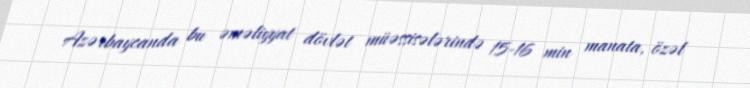
Azərbaycanda bu əməliyyat dövlət müəssisələrində 15-16 min manata, özəl